Eesti_Teaduste_Akadeemia, lk 4
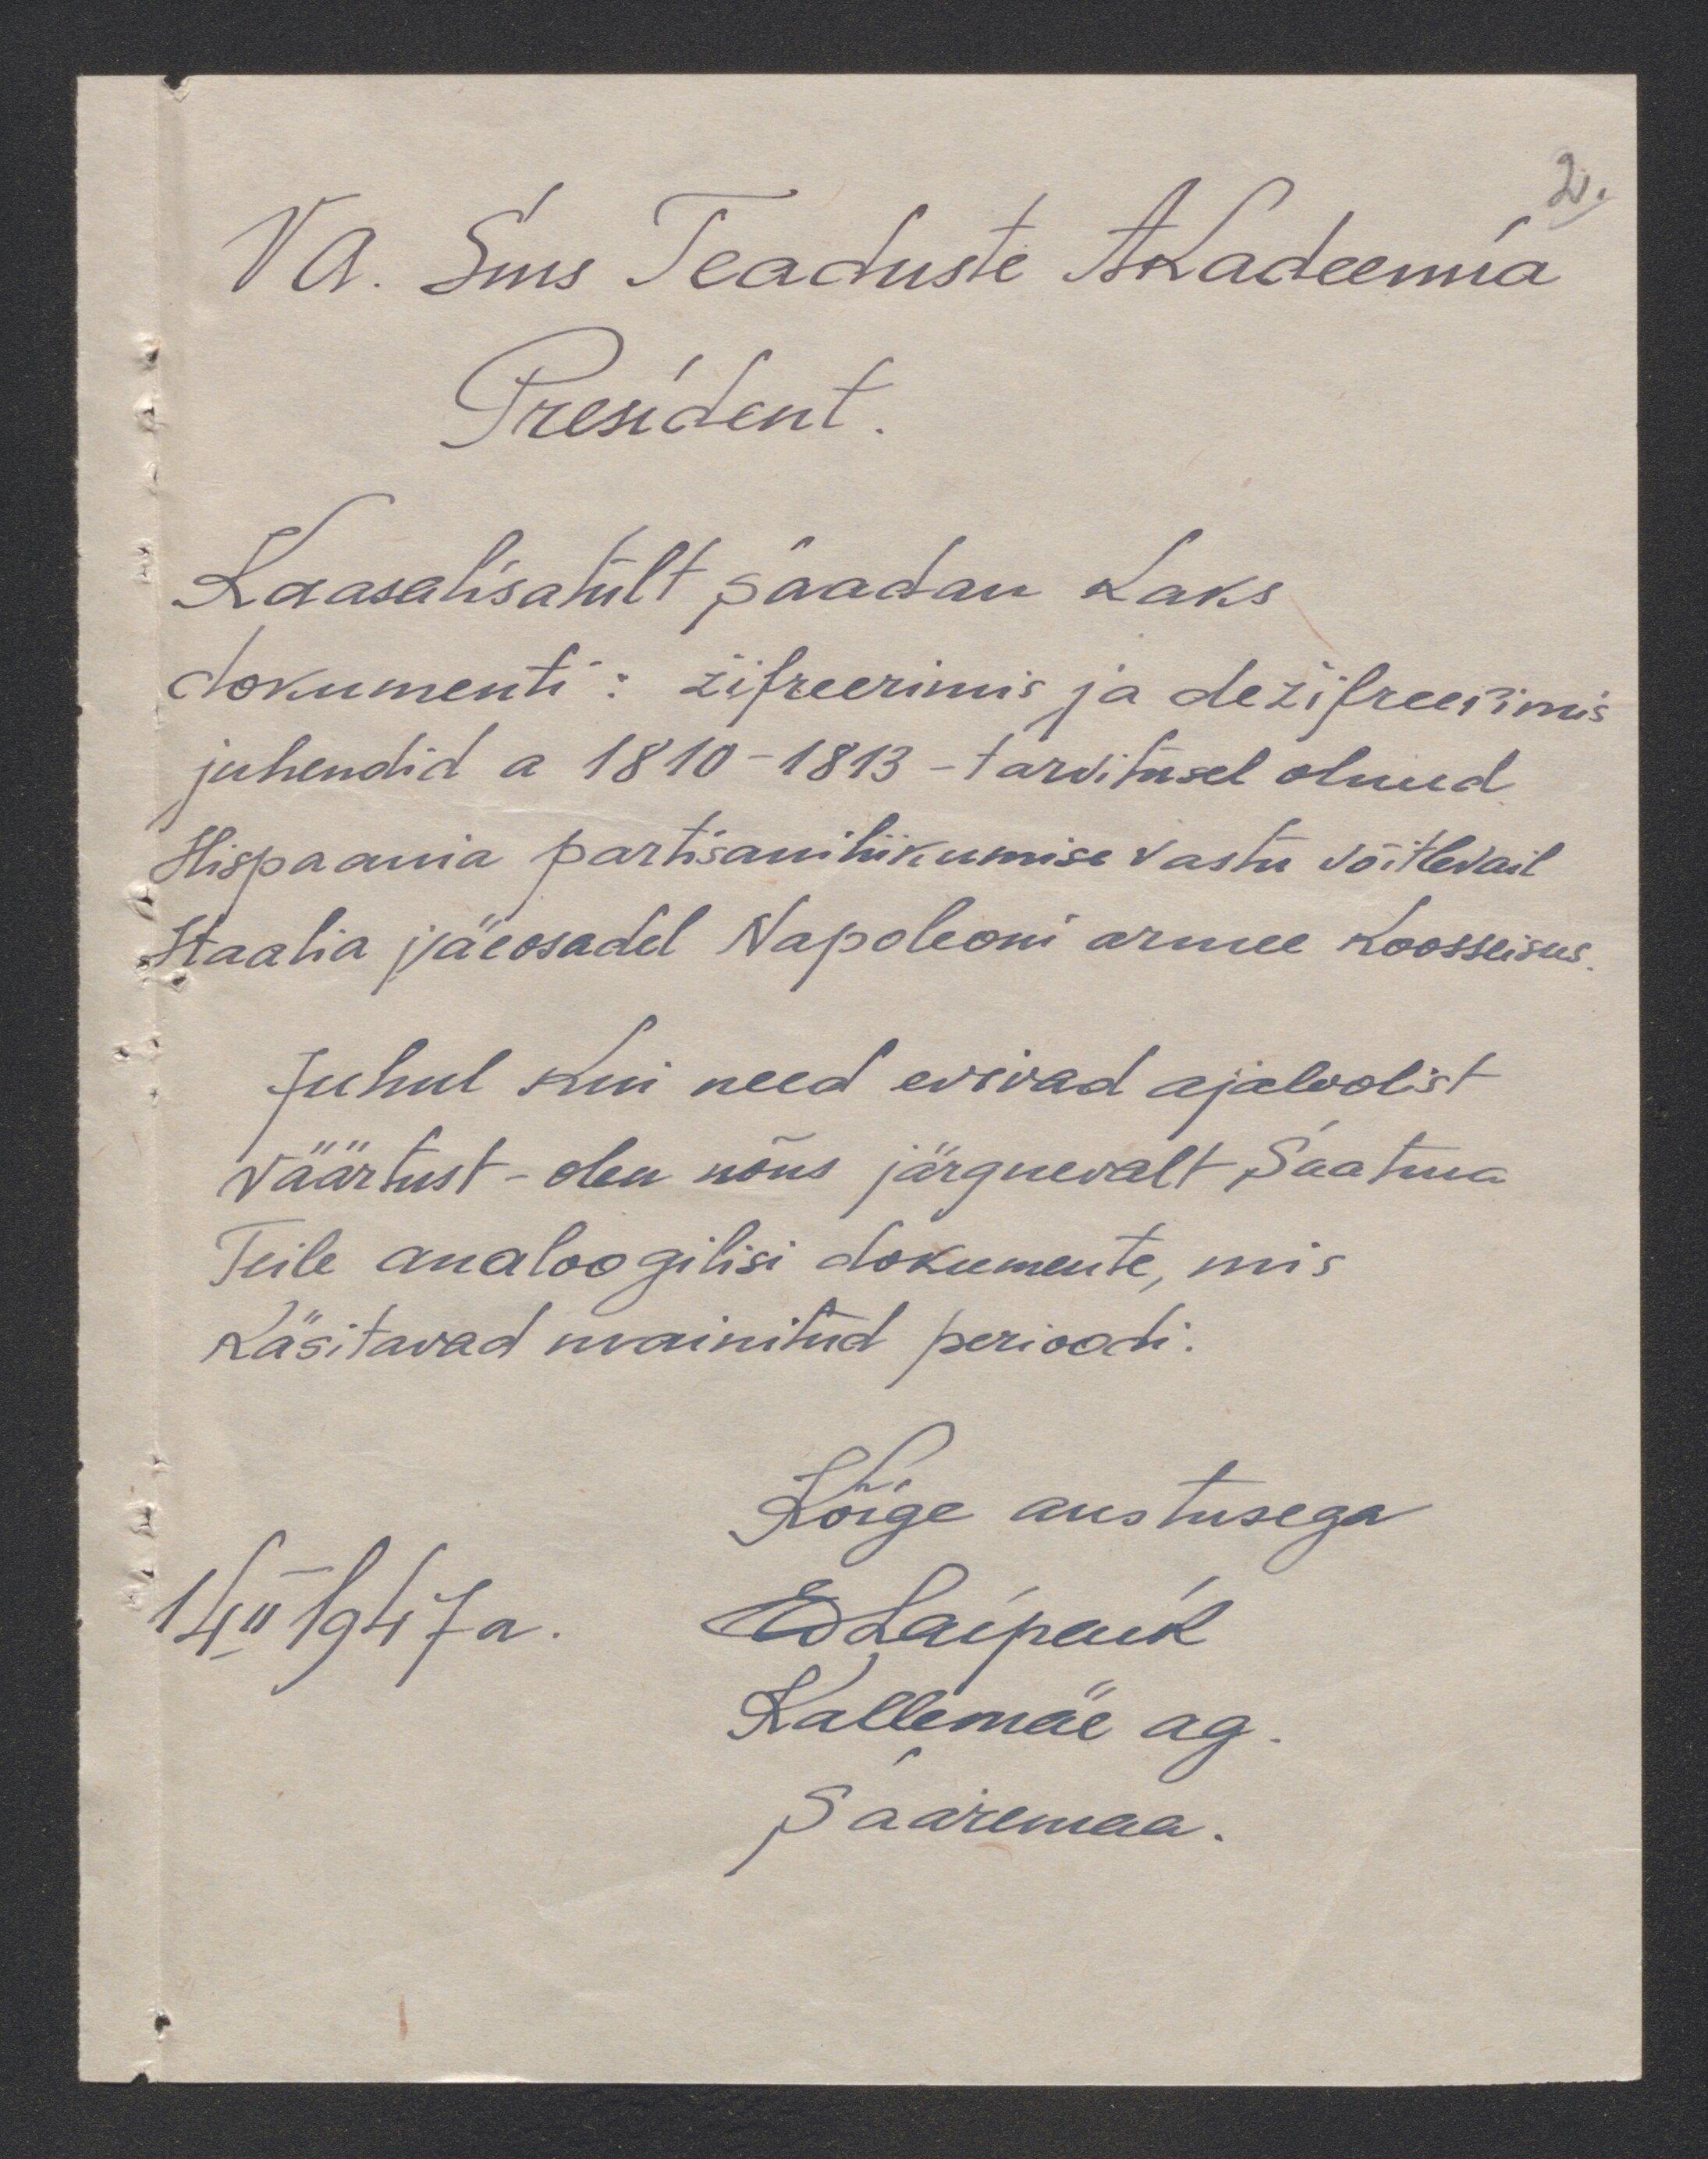
2.
Va. Sms Teaduste Akadeemia
President
Kaasalisatult saadan kaks
dokumenti: žifreerimis ja dežifreesimis
juhendid a 1810-1813 - tarvitusel olnud
Hispaania partisaniliikumise vastu võitlevail
Itaalia väeosadel Napoleoni armee koosseisus
Juhul kui need evivad ajaloolist
väärtust - olen nõus järgnevalt saatma
Teile analoogilisi dokumente, mis
käsitavad mainitud perioodi.
Kõige austusega
14 II 1947 a.
EdLaipaik
Kallemäe ag
Saaremaa.